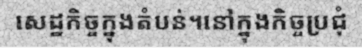
សេដ្ឋកិច្ចក្នុងតំបន់។នៅក្នុងកិច្ចប្រជុំ